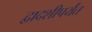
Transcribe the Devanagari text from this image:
द्वादशीपर्यंत